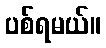
ပစ်ရမယ်။